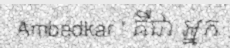
Ambedkar ' គឺជា អ្នក